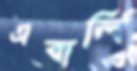
এবার্লি